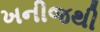
ખનીજથી